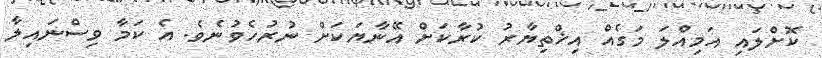
ކޮށްލައި އަމިއްލަ މަގެއް އިޚްތިޔާރު ކުރާކަށް އޭނާޔަކަށް ނުރުހެވުނެވެ. އެ ކަމާ ވިސްނައިލާ